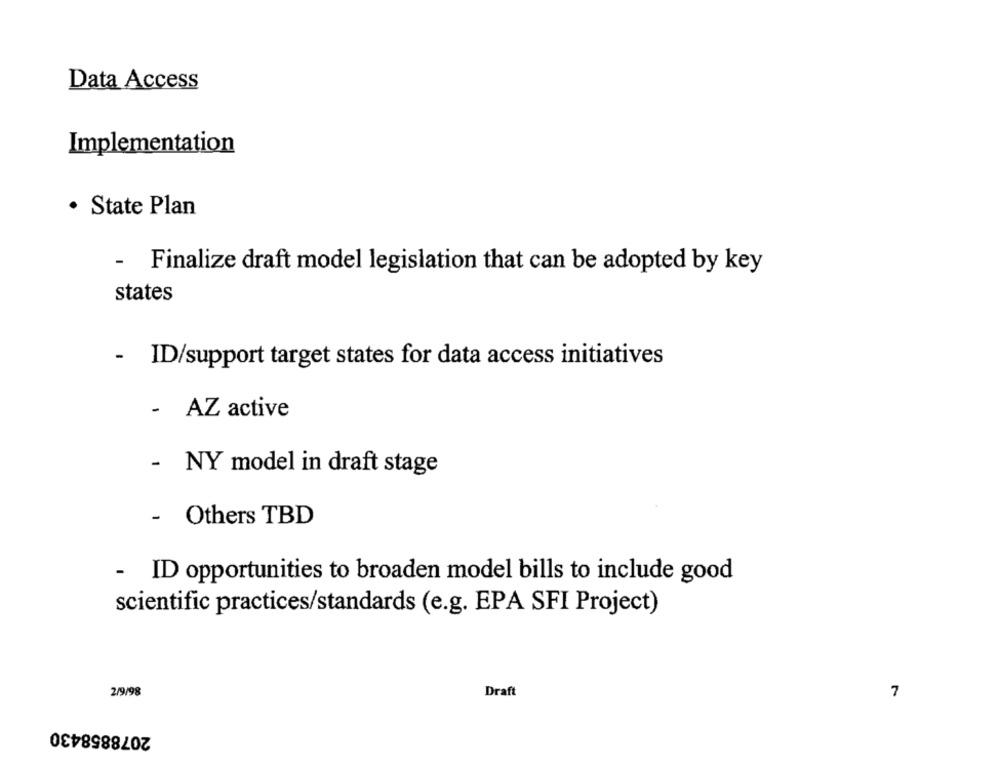
Data Access
Implementation
· State Plan
- Finalize draft model legislation that can be adopted by key
states
- ID/support target states for data access initiatives
- AZ active
- NY model in draft stage
- Others TBD
- ID opportunities to broaden model bills to include good
scientific practices/standards (e.g. EPA SFI Project)
2/9/98
Draft
7
2078858430